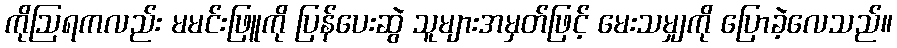
ကိုဩရကလည်း မမင်းဖြူကို ပြန်ပေးဆွဲ သူများအမှတ်ဖြင့် မေးသမျှကို ပြောခဲ့လေသည်။